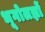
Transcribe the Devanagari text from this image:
भूगोलज्ञों